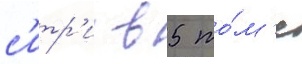
с'итр'и в 5 то́м'е